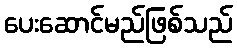
ပေးဆောင်မည်ဖြစ်သည်